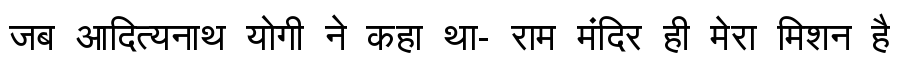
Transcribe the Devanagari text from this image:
जब आदित्यनाथ योगी ने कहा था- राम मंदिर ही मेरा मिशन है